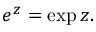
e ^ { z } = \exp z .